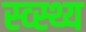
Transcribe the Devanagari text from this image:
स्व्स्थ्य